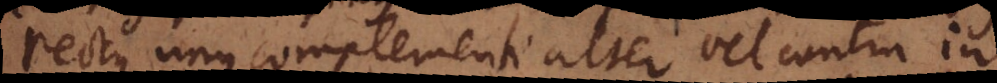
rectus unus, complementi alter vel contra in